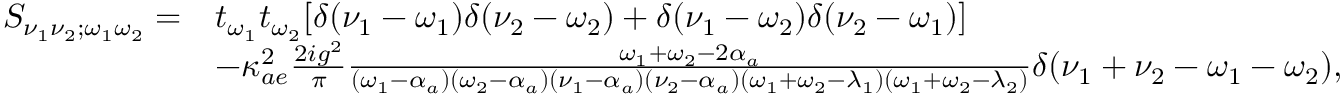
\begin{array} { r l } { S _ { \nu _ { 1 } \nu _ { 2 } ; \omega _ { 1 } \omega _ { 2 } } = } & { t _ { \omega _ { 1 } } t _ { \omega _ { 2 } } [ \delta ( \nu _ { 1 } - \omega _ { 1 } ) \delta ( \nu _ { 2 } - \omega _ { 2 } ) + \delta ( \nu _ { 1 } - \omega _ { 2 } ) \delta ( \nu _ { 2 } - \omega _ { 1 } ) ] } \\ & { - \kappa _ { a e } ^ { 2 } \frac { 2 i g ^ { 2 } } { \pi } \frac { \omega _ { 1 } + \omega _ { 2 } - 2 \alpha _ { a } } { ( \omega _ { 1 } - \alpha _ { a } ) ( \omega _ { 2 } - \alpha _ { a } ) ( \nu _ { 1 } - \alpha _ { a } ) ( \nu _ { 2 } - \alpha _ { a } ) ( \omega _ { 1 } + \omega _ { 2 } - \lambda _ { 1 } ) ( \omega _ { 1 } + \omega _ { 2 } - \lambda _ { 2 } ) } \delta ( \nu _ { 1 } + \nu _ { 2 } - \omega _ { 1 } - \omega _ { 2 } ) , } \end{array}